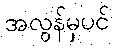
အလွန်မှပင်